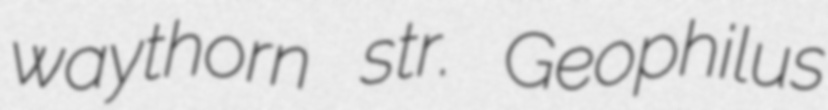
waythorn str. Geophilus